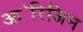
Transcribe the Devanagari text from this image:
आ॓रिजिन